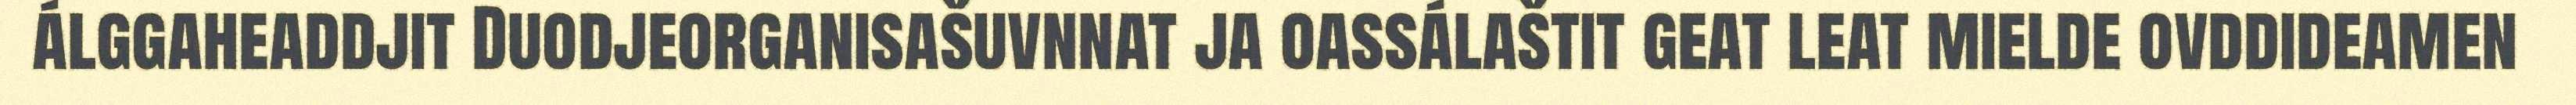
álggaheaddjit Duodjeorganisašuvnnat ja oassálaštit geat leat mielde ovddideamen